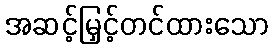
အဆင့်မြှင့်တင်ထားသော